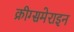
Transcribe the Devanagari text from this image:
क्रीग्समेराइन